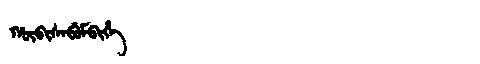
Manchu: ᡥᡡᠪᡳᠰᠠᠪᡠᠮᠪᡳᡥᡝ
Romanization: HŪBISABUMBIHE